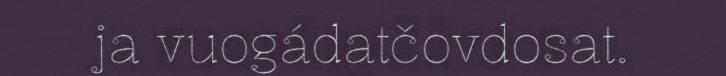
ja vuogádatčovdosat.